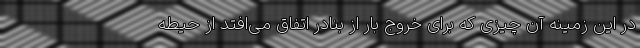
در این زمینه آن چیزی که برای خروج بار از بنادر اتفاق می‌افتد از حیطه